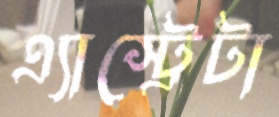
এ্যাস্ট্রেটা